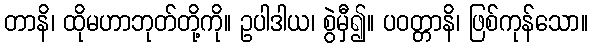
တာနိ၊ ထိုမဟာဘုတ်တို့ကို။ ဥပါဒါယ၊ စွဲမှီ၍။ ပဝတ္တာနိ၊ ဖြစ်ကုန်သော။